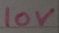
Text: 10V